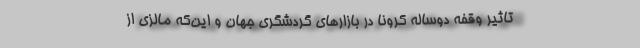
تاثیر وقفه دوساله کرونا در بازارهای گردشگری جهان و این‌که مالزی از